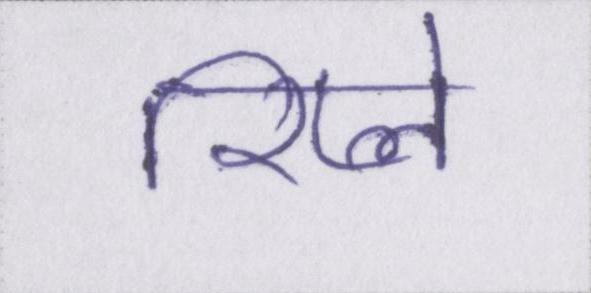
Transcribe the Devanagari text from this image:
रिप्ले